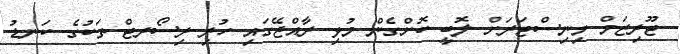
ޓޫރިޒަމް މިނިސްޓަރަށް ލޮބީ ކޮށްގެން މުޅި ރާއްޖޭގައި ހުރި ރިސޯރޓް ތަކުގެ ކަނޑު